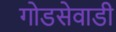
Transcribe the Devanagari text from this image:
गोडसेवाडी